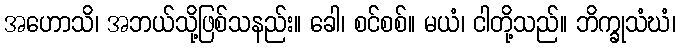
အဟောသိ၊ အဘယ်သို့ဖြစ်သနည်း။ ခေါ၊ စင်စစ်။ မယံ၊ ငါတို့သည်။ ဘိက္ခုသံဃံ၊